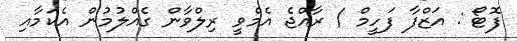
ފޮޓޯ : އަޒްފާ ފަހީމް / ރާއްޖެ އެމްވީ ރިލްވާން ގެއްލުމުން އެކަމާއި